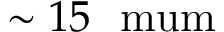
\sim 1 5 ~ \mathrm { \ m u m }